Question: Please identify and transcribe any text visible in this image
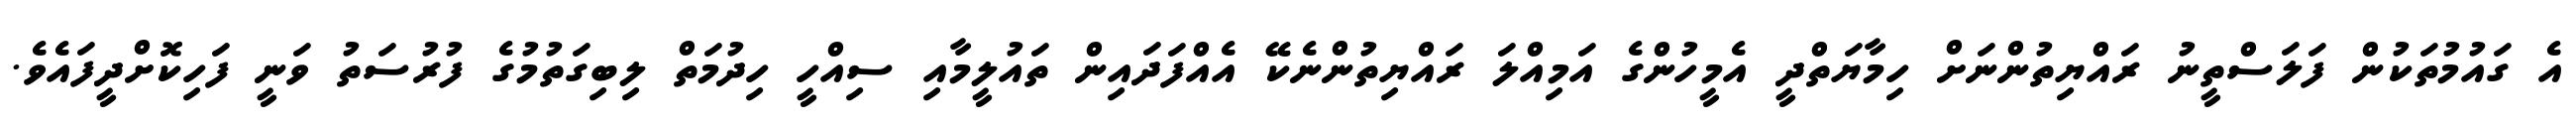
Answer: އެ ގައުމުތަކުން ފަލަސްތީނު ރައްޔިތުންނަށް ހިމާޔަތްދީ އެމީހުންގެ އަމިއްލަ ރައްޔިތުންނެކޭ އެއްފަދައިން ތައުލީމާއި ސިއްހީ ހިދުމަތް ލިބިގަތުމުގެ ފުރުސަތު ވަނީ ފަހިކޮށްދީފައެވެ.